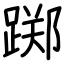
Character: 踯